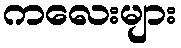
ကလေးများ